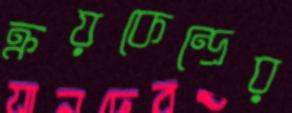
ক্রয়কেন্দ্রের